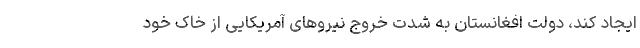
ایجاد کند، دولت افغانستان به شدت خروج نیرو‌های آمریکایی از خاک خود